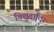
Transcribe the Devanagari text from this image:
विद्युदादि।